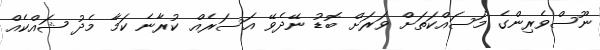
ނޫސްވެރިންގެ މަސައްކަތަށް ވަރަށް ބޮޑު ނޭދެވޭ އަސަރެއް ކުރާނެ ކަމާ މެދު ޝައްކެއް